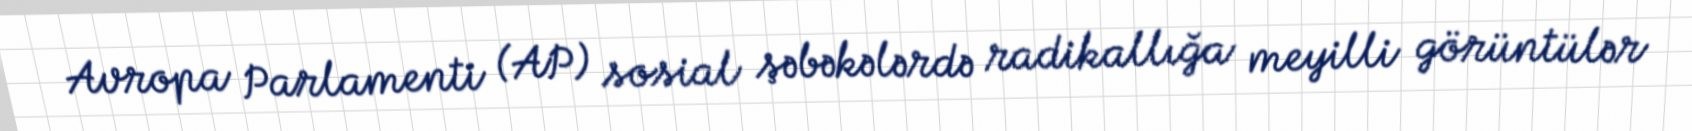
Avropa Parlamenti (AP) sosial şəbəkələrdə radikallığa meyilli görüntülər